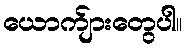
ယောက်ျားတွေပါ။